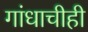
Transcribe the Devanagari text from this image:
गांधाचीही